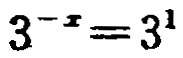
\(3^{-x}=3^{1}\)